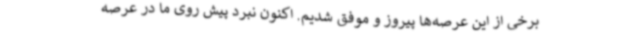
برخی از این عرصه‌ها پیروز و موفق شدیم. اکنون نبرد پیش روی ما در عرصه